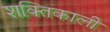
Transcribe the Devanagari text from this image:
शक्‍तिकाली